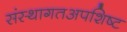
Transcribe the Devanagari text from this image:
संस्थागतअपशिष्ट